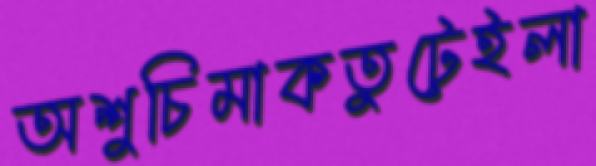
অশুচিমাকতুটেইলা